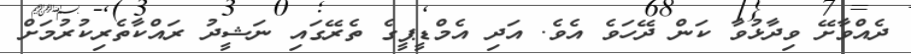
ދެއްވާށޭ ވިދާޅުވާ ކަން ދޭހަވެ އެވެ. އަދި އެމްޑީޕީގެ ތެރޭގައި ނަޝީދު ރައްކާތެރިކުރުމަށް